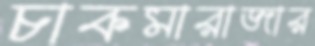
চাকমারাজার